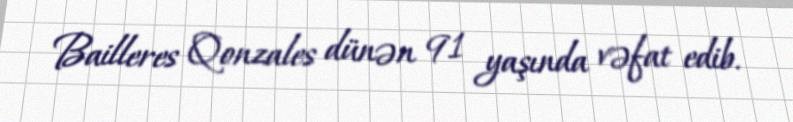
Bailleres Qonzales dünən 91 yaşında vəfat edib.